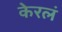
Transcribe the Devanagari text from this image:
केरलं